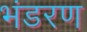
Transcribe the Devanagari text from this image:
भंडरण